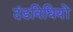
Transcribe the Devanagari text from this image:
दंडविधियों